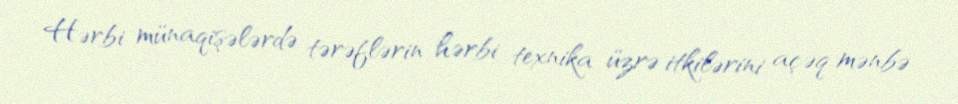
Hərbi münaqişələrdə tərəflərin hərbi texnika üzrə itkilərini açəq mənbə